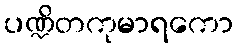
ပဏ္ဍိတကုမာရကော